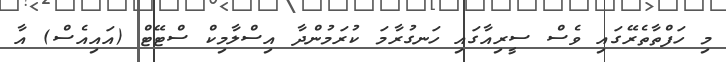
މި ހަފްތާތެރޭގައި ވެސް ސީރިއާގައި ހަނގުރާމަ ކުރަމުންދާ އިސްލާމިކް ސްޓޭޓް (އައިއެސް) އާ